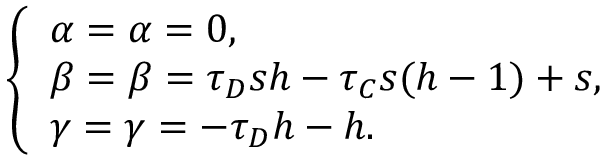
\left\{ \begin{array} { l l } { \alpha = \alpha = 0 , } \\ { \beta = \beta = \tau _ { D } s h - \tau _ { C } s ( h - 1 ) + s , } \\ { \gamma = \gamma = - \tau _ { D } h - h . } \end{array} \right.